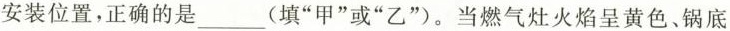
安装位置，正确的是____(填”甲”或”乙”)。当燃气灶火焰呈黄色、锅底